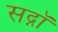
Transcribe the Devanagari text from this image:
सद्नॉ